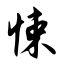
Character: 悚